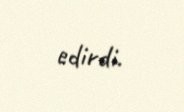
edirdi.